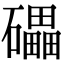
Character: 礧